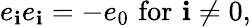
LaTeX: e_{\mathbf{i}}e_{\mathbf{i}}=-e_{0}\, \, {\mathrm{{for}}}\, \, \mathbf{i}\neq0,